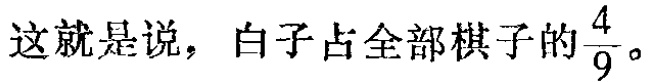
这就是说，白子占全部棋子的$\frac{4}{9}$。